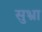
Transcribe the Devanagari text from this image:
सुभ्रा